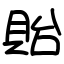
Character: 貽